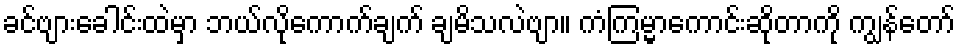
ခင်ဗျားခေါင်းထဲမှာ ဘယ်လိုကောက်ချက် ချမိသလဲဗျာ။ ကံကြမ္မာကောင်းဆိုတာကို ကျွန်တော်